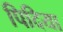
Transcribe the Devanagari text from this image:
पिदिया